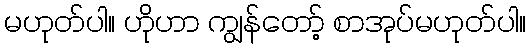
မဟုတ်ပါ။ ဟိုဟာ ကျွန်တော့် စာအုပ်မဟုတ်ပါ။